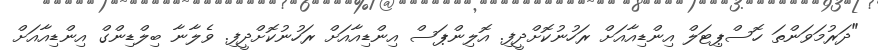
"ދަރުމަވަންތަ ހޮސްޕިޓަލް އިންޑިއާއަށް ރަހުނުކޮށްދީފި. އޮލިންޕަސް އިންޑިއާއަށް ރަހުނުކޮށްދީފި. ވެލާނާ ބިލްޑިންގް އިންޑިއާއަށް